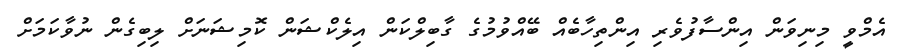
އެމްވީ މިނިވަން އިންސާފުވެރި އިންތިހާބެއް ބޭއްވުމުގެ ގާބިލްކަން އިލެކްޝަން ކޮމިޝަނަށް ލިބިގެން ނުވާކަމަށް